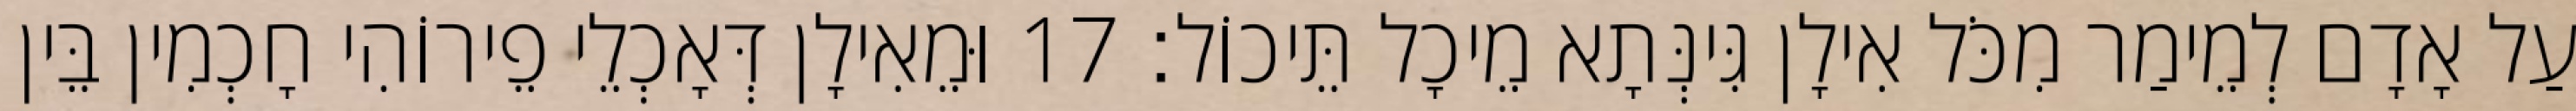
עַל אָדָם לְמֵימַר מִכֹּל אִילָן גִּינְּתָא מֵיכָל תֵּיכוֹל׃ 17 וּמֵאִילָן דְּאָכְלֵי פֵירוֹהִי חָכְמִין בֵּין